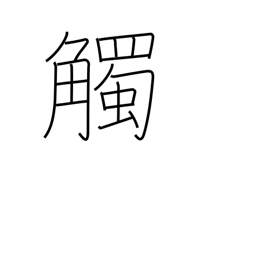
Meaning: conflict